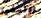
اوليفيا